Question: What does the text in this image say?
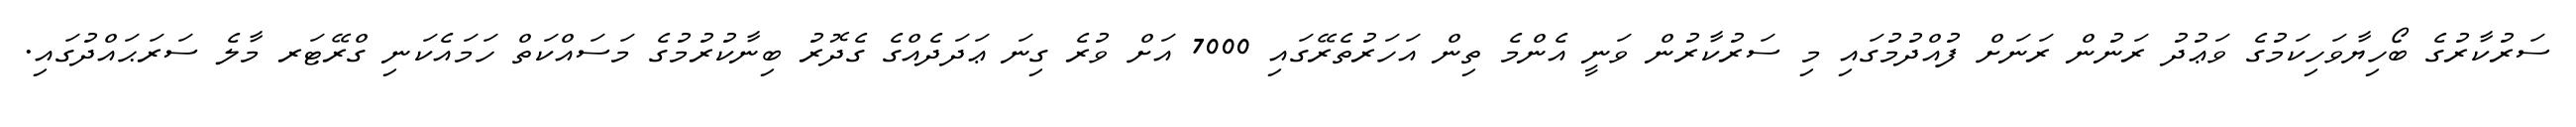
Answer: ސަރުކާރުގެ ބޯހިޔާވަހިކަމުގެ ވަޢުދު ރަނުން ރަނަށް ފުއްދުމުގައި މި ސަރުކާރުން ވަނީ އެންމެ ތިން އަހަރުތެރޭގައި 7000 އަށް ވުރެ ގިނަ ޢަދަދެއްގެ ގެދޮރު ބިނާކުރުމުގެ މަސައްކަތް ހަމައެކަނި ގްރޭޓަރ މާލެ ސަރަޙައްދުގައި.